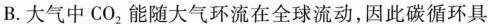
B.大气中CO_{2}，能随大气环流在全球流动，因此碳循环具